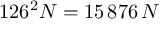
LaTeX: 1 2 6 ^ { 2 } N = 1 5 \, 8 7 6 \, N